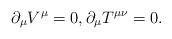
LaTeX: \begin{align*}\partial_\mu V^\mu=0,\partial_\mu T^{\mu\nu}=0.\end{align*}